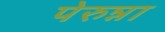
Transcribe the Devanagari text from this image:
पेरुन्ना